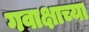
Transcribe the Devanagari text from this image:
गवाक्षाच्या